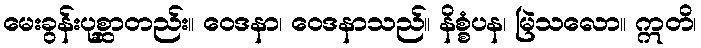
မေးခွန်းပုစ္ဆာတည်း။ ဝေဒနာ၊ ဝေဒနာသည်။ နိစ္စံပန၊ မြဲသလော။ ဣတိ၊